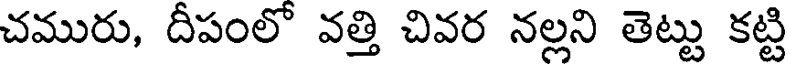
చమురు, దీపంలో వత్తి చివర నల్లని తెట్టు కట్టి